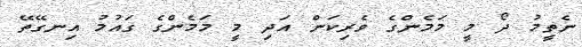
ނެތީމު ދޯ މީ މަމެންގެ ވެރިކަން އަދި މީ މަމެންގެ ގައުމު އިނގޭތޭ